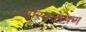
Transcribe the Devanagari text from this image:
जोरकसपण